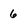
Character: 6